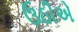
ઉઠીએ